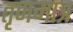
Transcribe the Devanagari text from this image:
तृणमात्र